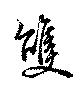
双